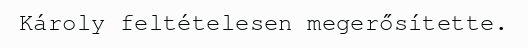
Károly feltételesen megerősítette.